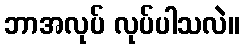
ဘာအလုပ် လုပ်ပါသလဲ။